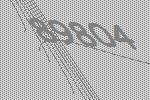
89804